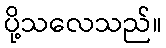
ပို့သလေသည်။